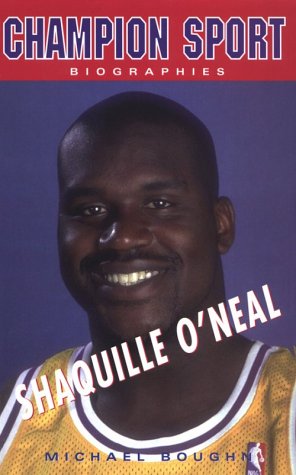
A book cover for Shaquille O'Neal (Champion Sports Biography); Michael Boughn; Teen & Young Adult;